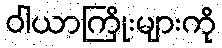
ဝါယာကြိုးများကို